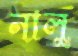
নালু